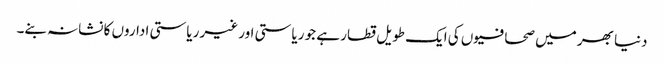
دنیا بھر میں صحافیوں کی ایک طویل قطار ہے جو ریاستی اور غیر ریاستی اداروں کا نشانہ بنے۔